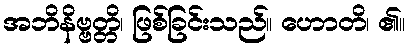
အဘိနိဗ္ဗတ္တိ၊ ဖြစ်ခြင်းသည်။ ဟောတိ၊ ၏။